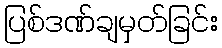
ပြစ်ဒဏ်ချမှတ်ခြင်း